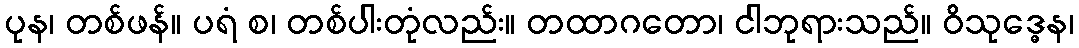
ပုန၊ တစ်ဖန်။ ပရံ စ၊ တစ်ပါးတုံလည်း။ တထာဂတော၊ ငါဘုရားသည်။ ဝိသုဒ္ဓေန၊